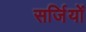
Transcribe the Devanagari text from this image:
सर्जियों